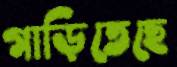
গাড়িতেছে